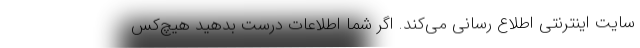
سایت اینترنتی اطلاع رسانی می‌کند. اگر شما اطلاعات درست بدهید هیچ‌کس